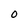
Character: O